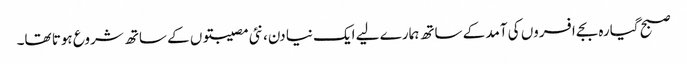
صبح گیارہ بجے افسروں کی آمد کے ساتھ ہمارے لیے ایک نیا دن، نئی مصیبتوں کے ساتھ شروع ہوتا تھا۔